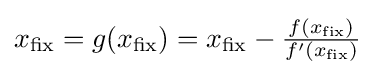
{\textstyle x_{\text{fix}}=g(x_{\text{fix}})=x_{\text{fix}}-{\frac {f(x_{\text{fix}})}{f'(x_{\text{fix}})}}}